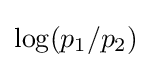
\log(p_{1}/p_{2})